Report on sanitation, dispensaries, and jails in Rajputana for 1919, and on vaccination for the year 1919-1920 - 1919-1920
Year: 1919
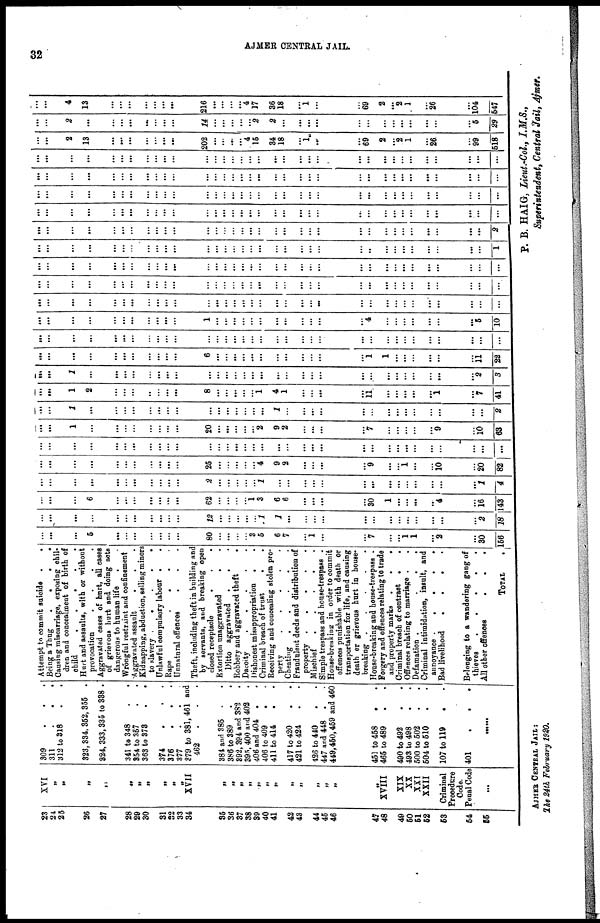
AJMER
CENTRAL JAIL.
23
24
25
26
27
28
29
30
31
32
33
34
35
36
37
38
39
40
41
42
43
44
45
46
47
48
49
50
51
52
53
54
55
XVI
„
„
„
„
„
„
„
„
„
„
XVII
„
„
„
„
„
„
„
„
„
„
„
„
„
XVIII
XIX
XX
XXI
XXII
Criminal
Procedure
Code.
Penal Code
...
309
.
.
.
311 . . .
312 to 318 . .
323,334, 352, 355 .
324, 333,335 to 338 .
341 to 348 . .
354 to 357 . .
363 to 373 . .
374 . . .
376
.
.
.
377 . . .
379 to 381, 461 and
462 . . .
384 and 385 . .
386 to 389 . .
392, 394 and 382 .
395, 400 and 402 .
406 and 404 . .
406 to 409 . .
411 to 414 . .
417 to 420 . .
421 to 424 . .
126 to 440 . .
447 and 448 . .
449,450,459 and 460
451 to 458 . .
465 to 489 . .
490 to 492 . .
493 to 498 . .
500 to 502 . .
504 to 510 . .
107 to 119 . .
401
.
.
.
......
Attempt to commit suicide
.
.
Being a Thug
.
.
.
.
Causiug miscarriage, exposing chil-
dren and concealment of birth of
child
.
.
.
.
Hurt and assaults, with or without
provocation
.
.
.
.
.
Aggravated cases of hart, all cases
of grievous hurt and doing acts
dangerous to human life . .
Wrongful restraint and confinement
Aggravated assault . . .
Kidnapping, abduction, selling minors
to slavery
.
.
.
.
.
Unlawful compulsory labour
.
.
Rape
.
.
.
.
Unnatural offences . . .
Theft, including theft in building and
by servants, and breaking open
closed receptacle
.
.
.
Extertion unaggravated . .
Ditto aggravated . . .
Robbery and aggravated theft
.
Dacoity
.
.
.
.
Dishonest misappropriation . .
Criminal breach of trust . .
Receiving and concealing stolen pro-
perty
.
.
.
.
Cheating
.
.
.
.
.
Frandulent deeds and distribution of
property
.
.
.
.
Mischief
.
.
.
.
Simple trespass and house-trespass .
House-breaking in order to commit
offences punishable with death or
transportation for life, and causing
death or grievous hart in house-
breaking
.
.
.
.
.
House-breaking and house-trespass .
Forgery and offences relating to trade
and property marks
.
.
.
Criminal breach of contract . .
Offences relating to marriage . .
Defamation
.
.
.
.
Criminal intimidation, insult, and
annoyance
.
.
.
.
.
Bad livelihood
.
.
.
Belonging to a wandering gang of
thieves
.
.
.
.
.
All other offences
.
.
.
TOTAL
.
...
...
...
5
...
...
...
...
...
...
...
80
...
...
...
...
3
5
6
7
...
1
...
...
7
...
...
1
1
...
2
...
30
156
...
...
...
...
...
...
...
...
...
...
...
12
...
...
...
...
...
1
1
...
...
...
...
...
...
...
...
...
...
...
...
...
2
18
...
...
...
6
...
...
...
...
...
...
...
62
...
...
...
...
1
3
6
6
...
...
...
...
30
1
...
...
...
...
4
...
16
143
...
...
...
...
...
...
...
...
...
...
...
2
...
...
...
...
...
1
...
...
...
...
...
...
...
...
...
...
...
...
...
...
1
4
...
...
...
...
...
...
...
...
...
...
...
25
...
...
...
...
...
4
9
2
...
...
...
...
9
...
...
1
...
...
10
...
20
82
...
...
...
...
...
...
...
...
...
...
...
...
...
...
...
...
...
...
...
...
...
...
...
...
...
...
...
...
...
...
...
...
...
...
...
...
1
...
...
...
...
...
...
...
...
20
...
...
...
...
...
2
9
2
...
...
...
...
7
...
...
...
...
...
9
...
10
63
...
...
1
...
...
...
...
...
...
...
...
...
...
...
...
...
...
...
1
...
...
...
...
...
...
...
...
...
...
...
...
...
...
2
...
...
1
2
...
...
...
..
...
...
...
8
...
...
...
...
...
1
4
1
...
...
...
...
11
...
...
...
...
...
1
...
7
41
...
...
1
...
...
...
...
...
...
...
...
...
...
...
...
...
...
...
...
...
...
...
...
...
...
...
...
...
...
...
...
...
2
3
...
...
...
...
...
...
...
...
...
...
...
6
...
...
...
...
...
...
...
...
...
...
...
...
1
1
...
...
...
...
...
...
11
22
...
...
...
...
...
...
...
...
...
...
...
...
...
...
...
...
...
...
...
...
...
...
...
...
...
...
...
...
...
...
...
...
...
...
...
...
...
...
...
...
...
...
...
...
...
1
...
...
...
...
...
...
...
...
...
...
...
...
4
...
...
...
...
...
...
...
5
10
...
...
...
...
...
...
...
...
...
...
...
...
...
...
...
...
...
...
...
...
...
...
...
...
...
...
...
...
...
...
...
...
...
...
...
...
...
...
...
...
...
...
...
...
...
...
...
...
...
...
...
...
...
...
...
...
...
...
...
...
...
...
...
...
...
...
...
...
...
...
...
...
...
...
...
...
...
...
...
...
...
...
...
...
...
...
...
...
...
...
...
...
...
...
...
...
...
...
...
...
...
...
...
...
...
...
...
...
...
...
...
...
...
...
...
...
...
...
...
...
...
...
...
...
...
...
..
...
...
...
...
...
...
...
...
1
...
...
...
...
...
...
...
...
...
...
...
...
...
...
...
...
...
...
...
...
...
...
...
...
...
...
...
...
...
...
...
...
...
2
...
...
...
...
...
...
...
...
...
...
...
...
...
...
...
...
...
...
...
...
...
...
...
...
...
...
...
...
...
...
...
...
...
...
...
...
...
...
...
...
...
...
...
...
...
...
...
...
...
...
...
...
...
...
...
...
...
...
...
...
...
...
...
...
...
...
...
...
...
...
...
...
...
...
...
...
...
...
...
...
...
...
...
...
...
...
...
...
...
...
...
...
...
...
...
...
...
...
...
...
...
...
...
...
...
...
...
...
...
...
...
...
...
...
...
...
...
...
...
...
...
...
...
..
..
...
...
...
...
...
...
...
...
...
...
...
...
...
2
13
...
...
...
...
...
...
...
202
...
...
...
...
4
15
34
18
...
1
...
...
69
2
...
2
1
...
26
...
99
518
...
...
2
...
...
...
...
...
...
...
...
14
...
...
...
...
...
2
2
...
...
...
...
...
...
...
...
...
...
...
...
...
5
29
...
...
4
13
...
...
...
...
...
...
...
216
...
...
...
...
4
17
36
18
...
1
...
...
69
2
...
2
1
...
26
...
104
547
AJMER CENTRAL JAIL:
The 24th February 1920.
P. B. HAIG, Lieut.-Col, I.M.S.,
Superintendent, Central Jail, Ajmer.